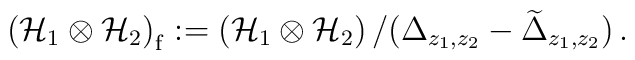
\left( {\cal H}_1 \otimes {\cal H}_2 \right)_{\mathrm f} :=\left( {\cal H}_1 \otimes {\cal H}_2 \right) / (\Delta_{z_1,z_2} - \widetilde{\Delta}_{z_1,z_2}) \,.